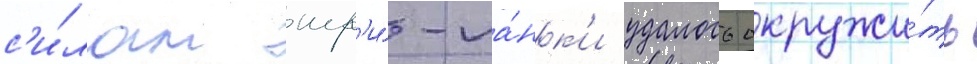
с'и́лам шр'и́-ла́нк'и удалось окружи́ть